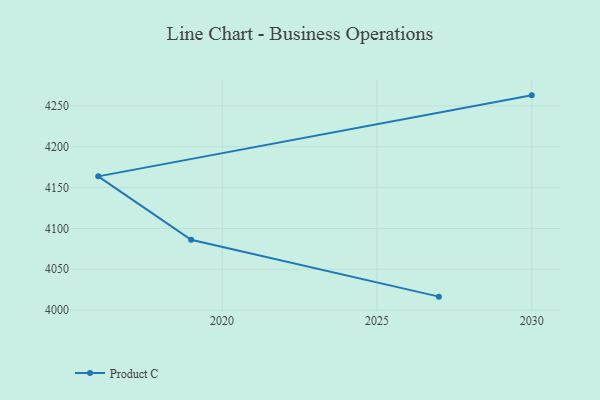
{"axis": {"x": "Year", "y": "Headcount"}, "legend": ["Product C"], "data": [{"x": "2027", "y": 4016.5, "type": "Product C"}, {"x": "2019", "y": 4086.1, "type": "Product C"}, {"x": "2016", "y": 4163.8, "type": "Product C"}, {"x": "2030", "y": 4263.0, "type": "Product C"}]}